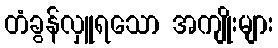
တံခွန်လှူရသော အကျိုးများ